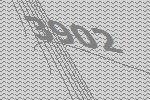
3902